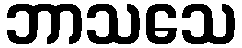
ဘာသသေ